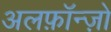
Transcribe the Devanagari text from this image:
अलफ़ॉन्ज़ो